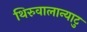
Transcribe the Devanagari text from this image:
थिरुवालान्याटु